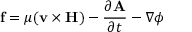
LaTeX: \mathbf { f } = \mu ( \mathbf { v } \times \mathbf { H } ) - { \frac { \partial \mathbf { A } } { \partial t } } - \nabla \phi